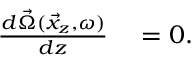
\begin{array} { r l } { \frac { d \vec { \Omega } ( \vec { x } _ { z } , \omega ) } { d z } } & { { } = 0 . } \end{array}